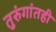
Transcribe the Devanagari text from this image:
तुरुंगांतही